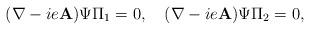
LaTeX: \begin{align*}(\mathbf{\nabla}-ie\mathbf{A})\Psi \Pi_1=0, \quad(\mathbf{\nabla}-ie\mathbf{A})\Psi \Pi_2=0,\end{align*}